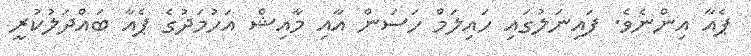
ޕެއާ އިންނެވެ. ފައިނަލުގައި ހައިލަމް ހަސަން އާއި މާއިޝް އަހުމަދުގެ ޕެއާ ބައްދަލުކުރީ